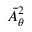
\bar { A } _ { \theta } ^ { 2 }